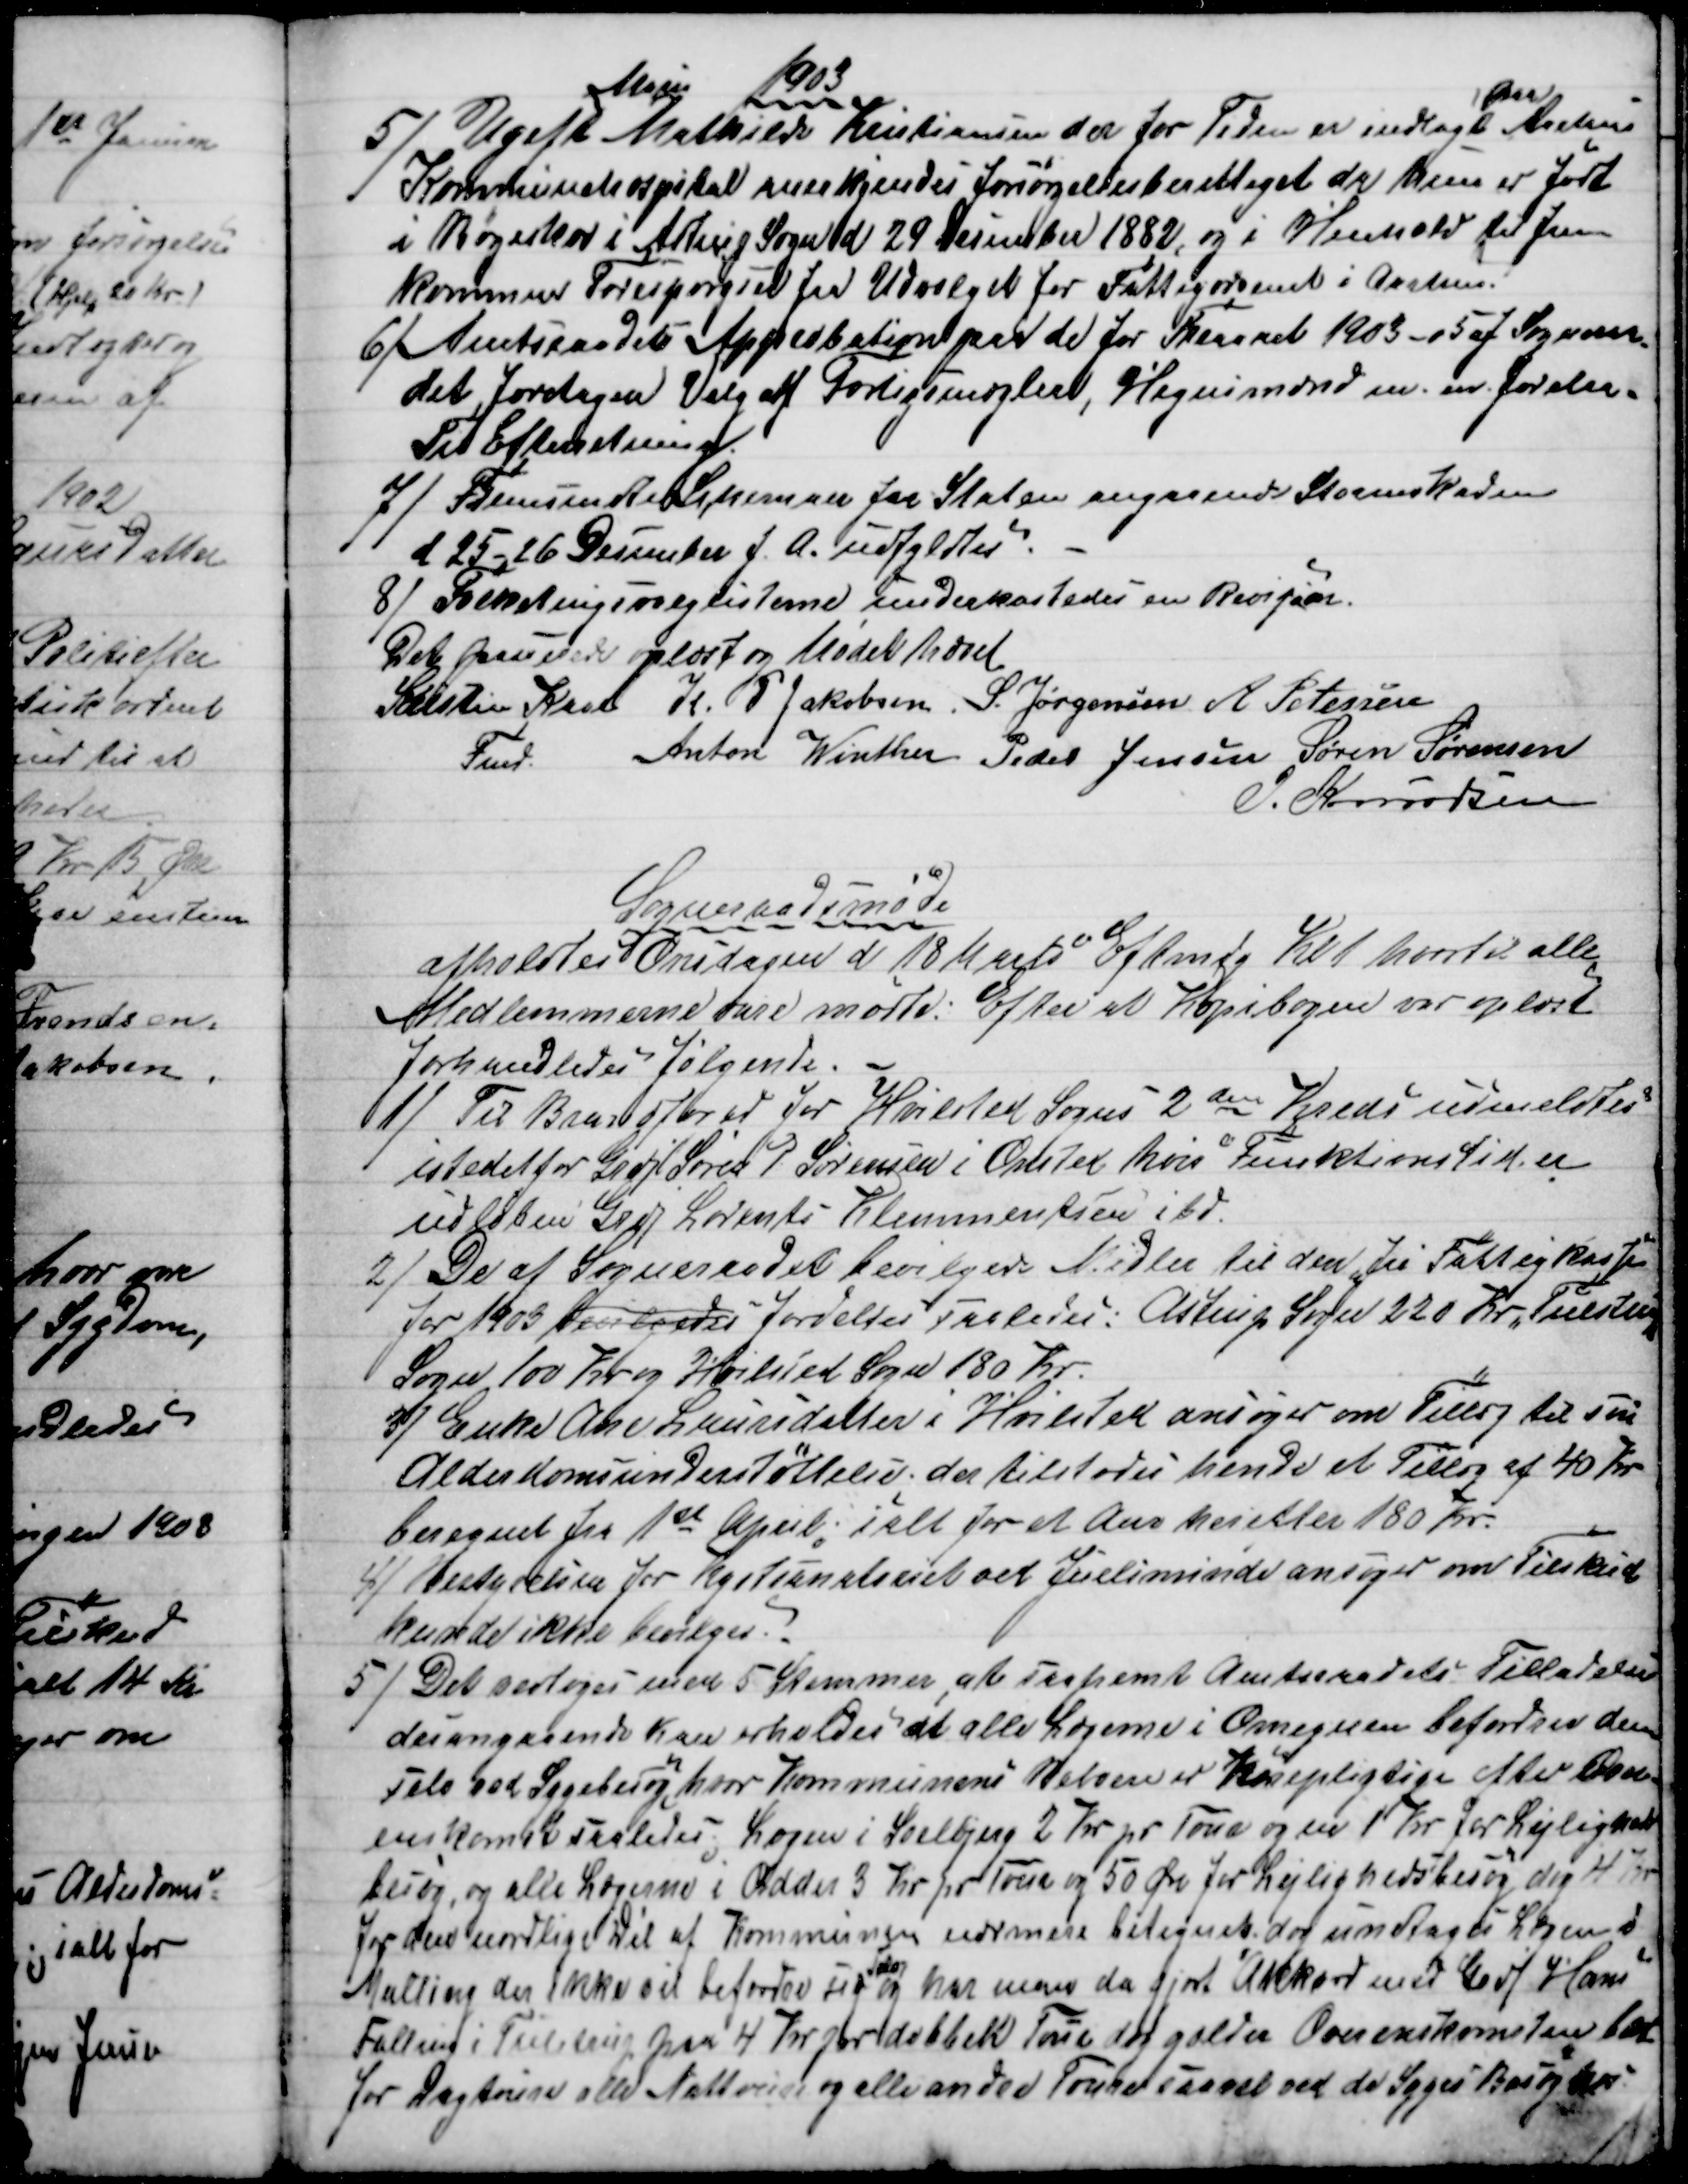
Transskription:
1903
5)
Ugift
Marie
Mathilde Kristiansen der for Tiden er indlagt
paa
Aarhus
Kommunehospital anerkjendes forsørgelsesberettiget da hun er født
i Bøgeskov i Astrup Sogn d 29 December 1882, og i Henhold til frem
kommen Forespørgsel fra Udvalget for Fattigvæsenet i Aarhus.
6)
Amtsraadets Approbation paa de for Treaaret 1903 - 05 af Sogneraa-
det foretagen Valg af Forligsmæglere, Hegnsmænd m. m forelaa.
Til Efterretning.
7)
Fremsendte Schemaer fra Staten angaaende Stormskaderne
d 25 -26 December f. A. udfyldtes.
8) 
Folketingsvalglisterne underkastedes en Revision.
Det passerede oplæst og Mødet hævet
Kristen Kaae
Fmd.
K. P. Jakobsen. S. Jørgensen A. Petersen
Anton Winther Peder Jensen Søren Sørensen
J. Knudsen
Sogneraadsmøde
afholdtes Onsdagen d 18 Marts Eftmdg Kl 1 hvortil alle
Medlemmerne vare mødte. Efter at Kopibogen var oplæst
forhandledes følgende.
1)
Til Brandfoged for Hvilsted Sogns 2den Kreds udmeldtes
istedet for Grdj Søren P. Sørensen i Onsted hvis Funktionstid er
udløben Grdj Lorents Klemmentsen ibd.
2)
De af Sogneraadet bevilgede Midler til den "fri Fattigkassen"
for 1903 bevilgedes fordeltes saaledes: Astrup Sogn 220 Kr. Tulstrup
Sogn 100 Kr og Hvilsted Sogn 180 Kr.
3)
Enke Ane Lauridsdatter i Hvilsted ansøger om Tillæg til sin
Alderdomsunderstøttelse; der tilstodes hende et Tillæg af 40 Kr
beregnet fra 1ste April; ialt for et Aar herefter 180 Kr.
4)
Bestyrelsen for Kystsanatoriet ved Juelsminde ansøger om Tilskud
kunde ikke bevilges.
5) 
Det vedtoges med 5 Stemmer, at saafremt Amtsraadets Tilladelse
desangaaende kan erholdes at alle Lægerne i Omegnen befordrer dem
Selv ved Sygebesøg, hvor Kommunens Beboere er kørepligtige efter Over-
enskomst saaledes; Lægen i Soelbjerg 2 Kr pr Tour og en 1 Kr for Lejligheds-
besøg, og alle Lægerne i Odder 3 Kr pr Tour og 50 Øre for Lejlighedsbesøg dog 4 Kr
for den nordlige Dél af Kommunen nærmere betegnet; dog undtagen Lægen i
Malling der ikke vil befordre sig 
Selv
og har man da gjort Akkord med Grdj Hans
Falling i Tulstrup paa 4 Kr pr dobbelt Tour dog gælder Overenskomsten 
for Dagtoure alle Nattoure og alle andreToure saavel ved de Syges Besøg hos